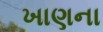
ખાણના